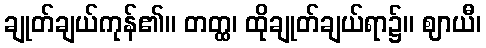
ချုတ်ချယ်ကုန်၏။ တတ္ထ၊ ထိုချုတ်ချယ်ရာ၌။ ဈာယီ၊